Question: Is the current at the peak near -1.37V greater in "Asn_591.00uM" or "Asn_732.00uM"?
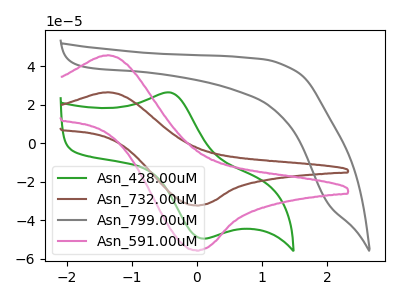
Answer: <think>The green curve "Asn_428.00uM" has an anodic peak at (-0.40V, 26.40uA) and a cathodic peak at (0.10V, -49.50uA). The brown curve "Asn_732.00uM" has an anodic peak at (-1.35V, 26.60uA) and a cathodic peak at (0.00V, -32.20uA). The gray curve "Asn_799.00uM" has no peaks. The pink curve "Asn_591.00uM" has an anodic peak at (-1.35V, 45.85uA) and a cathodic peak at (0.00V, -55.55uA).</think>
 <answer>The peak at -1.37V is higher in "Asn_591.00uM" than in "Asn_732.00uM".</answer>
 <eval>higher</eval>